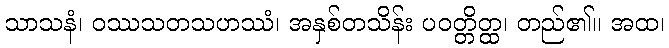
သာသနံ၊ ဝဿသတသဟဿံ၊ အနှစ်တသိန်း ပဝတ္တိတ္ထ၊ တည်၏။ အထ၊